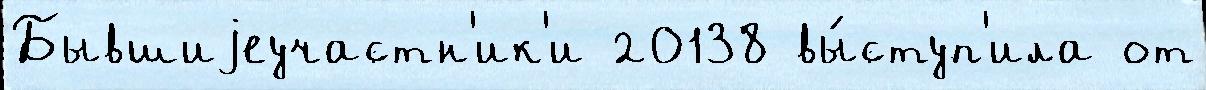
Бывшиjеучастн'ик'и 20138 вы́ступ'ила от